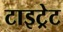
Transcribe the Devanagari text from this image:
टाइट्रेट